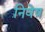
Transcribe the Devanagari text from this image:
निवेष